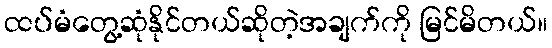
ထပ်မံတွေ့ဆုံနိုင်တယ်ဆိုတဲ့အချက်ကို မြင်မိတယ်။